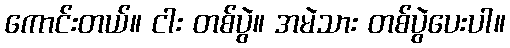
ကောင်းတယ်။ ငါး တစ်ပွဲ။ အမဲသား တစ်ပွဲပေးပါ။